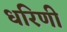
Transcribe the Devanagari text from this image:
धरिणी